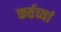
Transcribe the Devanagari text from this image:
कर्तव्यां